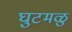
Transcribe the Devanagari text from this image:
घुटमळु